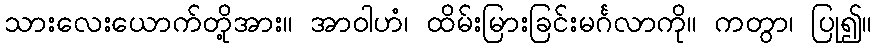
သားလေးယောက်တို့အား။ အာဝါဟံ၊ ထိမ်းမြားခြင်းမင်္ဂလာကို။ ကတွာ၊ ပြု၍။